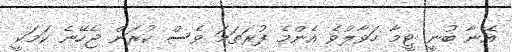
އޭނާ ބުނީ ޓީމާ ހަވާލުވެ އެންމެ ފުރަތަމަ ވެސް ކުރަން ޖެހޭނެ ކަމަކީ